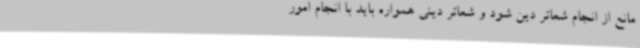
مانع از انجام شعائر دین شود و شعائر دینی همواره باید با انجام امور